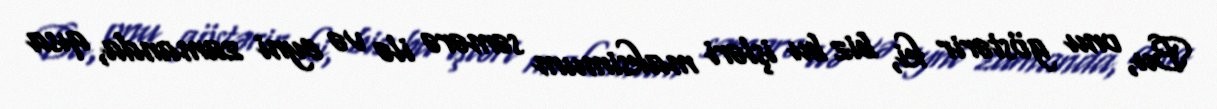
Bu, onu göstərir ki, biz bu işləri maksimum səmərə ilə və eyni zamanda, qısa